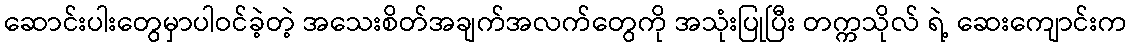
ဆောင်းပါးတွေမှာပါဝင်ခဲ့တဲ့ အသေးစိတ်အချက်အလက်တွေကို အသုံးပြုပြီး တက္ကသိုလ် ရဲ့ ဆေးကျောင်းက